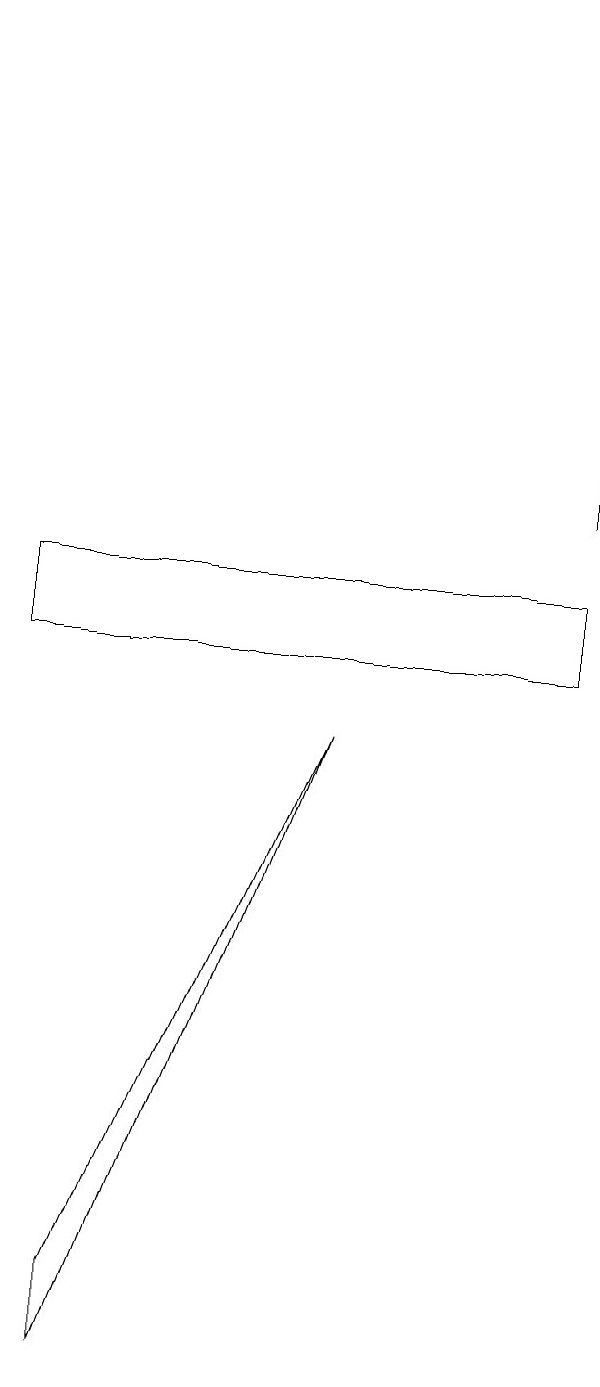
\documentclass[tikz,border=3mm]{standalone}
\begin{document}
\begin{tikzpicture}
\draw (2,1) -- (2,2) -- (5,9) -- cycle;
\draw (8,10) rectangle (1,11);
\draw (8,18) rectangle (8,12);
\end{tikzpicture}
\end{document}